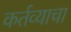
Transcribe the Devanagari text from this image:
कर्तव्याचा